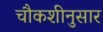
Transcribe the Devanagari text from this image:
चौकशीनुसार